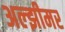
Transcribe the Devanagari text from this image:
अल्झीमर